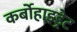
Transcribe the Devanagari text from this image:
कर्बोहाइड्रेट